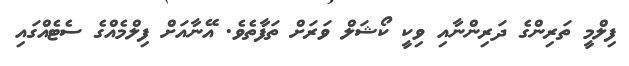
ފިލްމީ ތަރިންގެ ދަރިންނާއި ވިކީ ކޯޝަލް ވަރަށް ތަފާތެވެ. އޭނާއަށް ފިލްމެއްގެ ސެޓެއްގައި